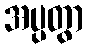
အပ္ပတွာ